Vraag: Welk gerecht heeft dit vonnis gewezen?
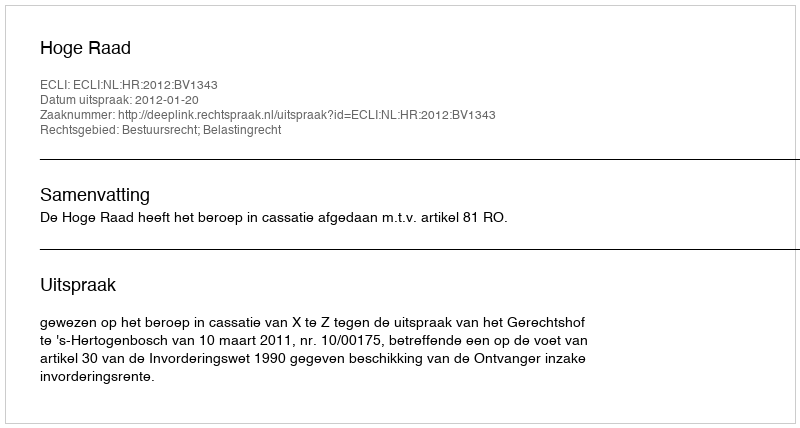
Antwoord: Hoge Raad